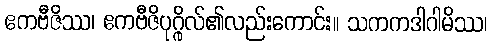
ဧကဗီဇိဿ၊ ဧကဗီဇိပုဂ္ဂိုလ်၏လည်းကောင်း။ သကကဒါဂါမိဿ၊